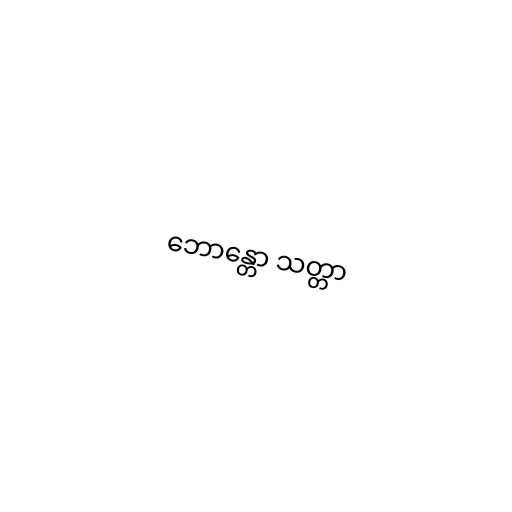
ဘောန္တော သတ္တာ